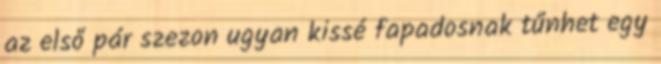
az első pár szezon ugyan kissé fapadosnak tűnhet egy